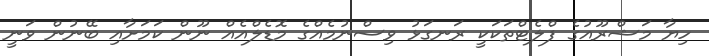
ހިޔާ މަޝްރޫއުގެ ފްލެޓްތަކަކީ ރަނގަޅު ވިސްނުމެއްގެ މޮޑެލްއެއް ނޫން ކަމަށާއި ބޭނުން ވަނީ